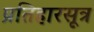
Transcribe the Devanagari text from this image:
प्रतिहारसूत्र